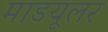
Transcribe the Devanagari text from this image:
माडयूलर